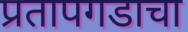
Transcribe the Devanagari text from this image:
प्रतापगडाचा